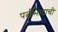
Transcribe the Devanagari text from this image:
पत्नीभावाची